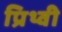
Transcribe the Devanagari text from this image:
प्रिथ्वी